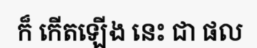
ក៏ កើតឡើង នេះ ជា ផល